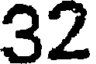
32